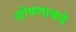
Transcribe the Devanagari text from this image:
शोषणाकडे